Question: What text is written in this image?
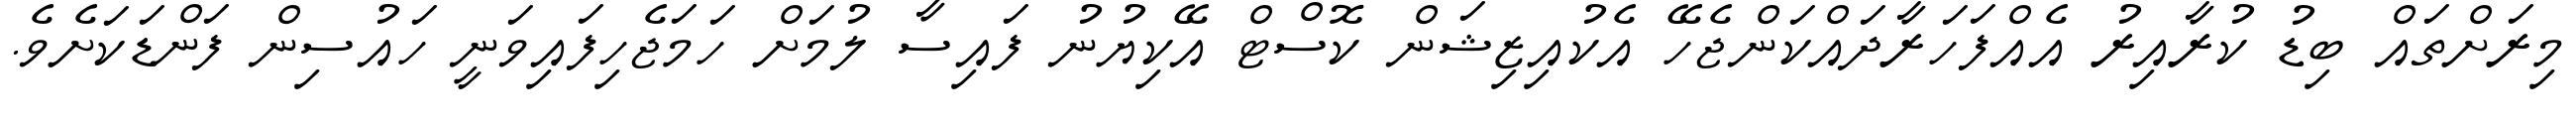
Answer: މިރަށްތައް ބިޑު ކުރާއިރު އެއްފަހަރާދައްކަންޖެހޭ އެކުއިޒިޝަން ކޮސްޓް އޭކިޔުނު ފައިސާ ލުމަށް ހަމަޖެހިފައިވަނީ ހައުސިން ފަންޑަކަށެވެ.